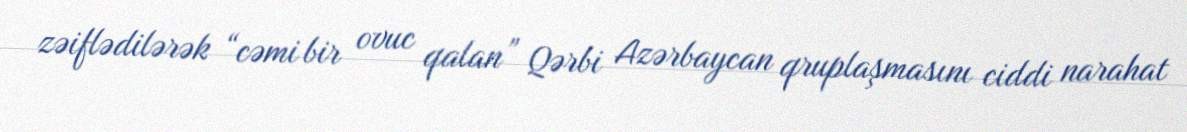
zəiflədilərək “cəmi bir ovuc qalan” Qərbi Azərbaycan qruplaşmasını ciddi narahat